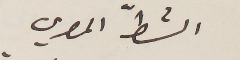
الشطّ المصري